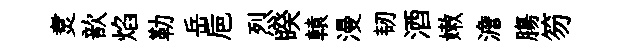
煑歆焰勒岳巵烈睽轅漫韧酒嫩澹膓笏